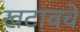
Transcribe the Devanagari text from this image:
खटावचे